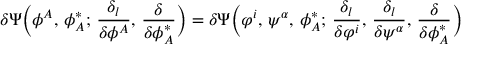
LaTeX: \delta \Psi \bigg ( \phi ^ { A } , \, \phi _ { A } ^ { * } ; \, \frac { \delta _ { l } } { \delta \phi ^ { A } } , \, \frac { \delta } { \delta \phi _ { A } ^ { * } } \bigg ) = \delta \Psi \bigg ( \varphi ^ { i } , \, \psi ^ { \alpha } , \, \phi _ { A } ^ { * } ; \, \frac { \delta _ { l } } { \delta \varphi ^ { i } } , \, \frac { \delta _ { l } } { \delta \psi ^ { \alpha } } , \, \frac { \delta } { \delta \phi _ { A } ^ { * } } \bigg )